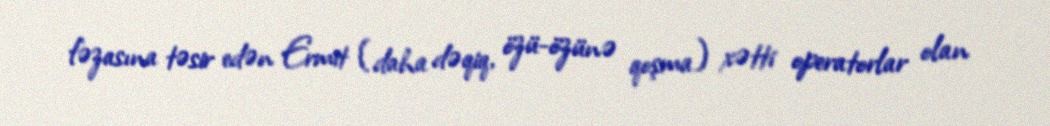
fəzasına təsir edən Ermit (daha dəqiq, özü-özünə qoşma) xətti operatorlar olan